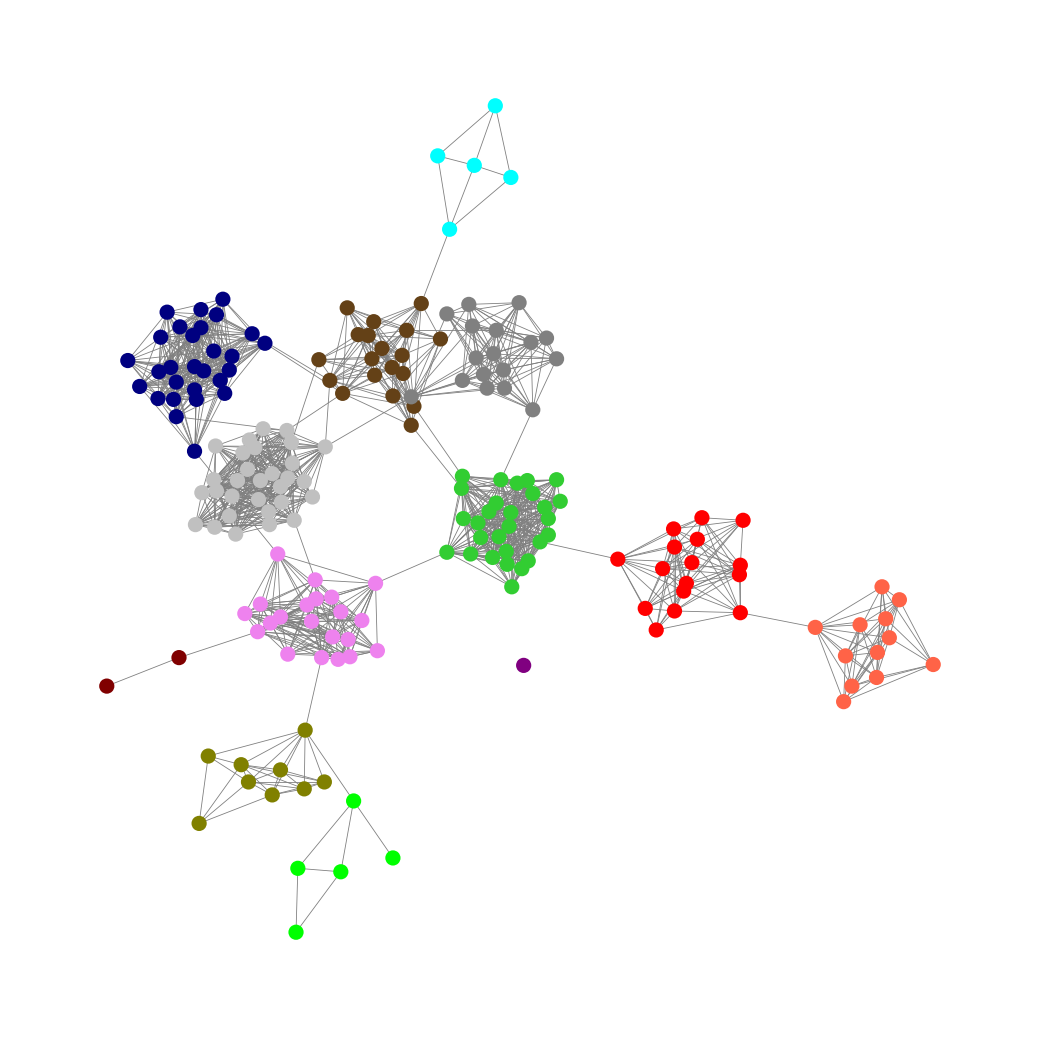
Graph connected: No
Number of connected components: 2
Number of singletons: 1
Total number of nodes: 193
Total number of edges: 1395
Number of communities: 13
Community sizes:
Aqua: 5
Gray: 17
Lime: 5
Lime Green: 28
Maroon: 2
Navy: 28
Olive: 9
Pullman Brown: 19
Purple: 1
Red: 16
Silver: 30
Tomato: 12
Violet: 21
Graph layout: tda
Graph generation method: erdos_renyi